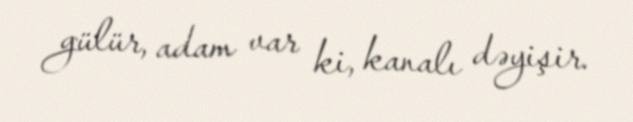
gülür, adam var ki, kanalı dəyişir.